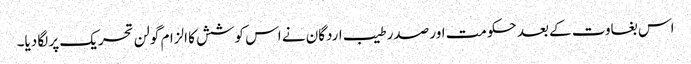
اس بغاوت کے بعد حکومت اور صدر طیب اردگان نے اس کوشش کا الزام گولن تحریک پر لگا دیا۔